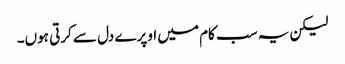
لیکن یہ سب کام میں اوپرے دل سے کرتی ہوں۔